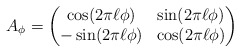
\begin{align*}A_\phi = \begin{pmatrix}\cos(2\pi \ell \phi)& \sin(2\pi \ell \phi)\\-\sin(2\pi \ell\phi)& \cos(2\pi \ell\phi)\end{pmatrix}\end{align*}